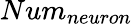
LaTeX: Num_{neuron}